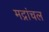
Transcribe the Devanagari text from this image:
मद्रांचल